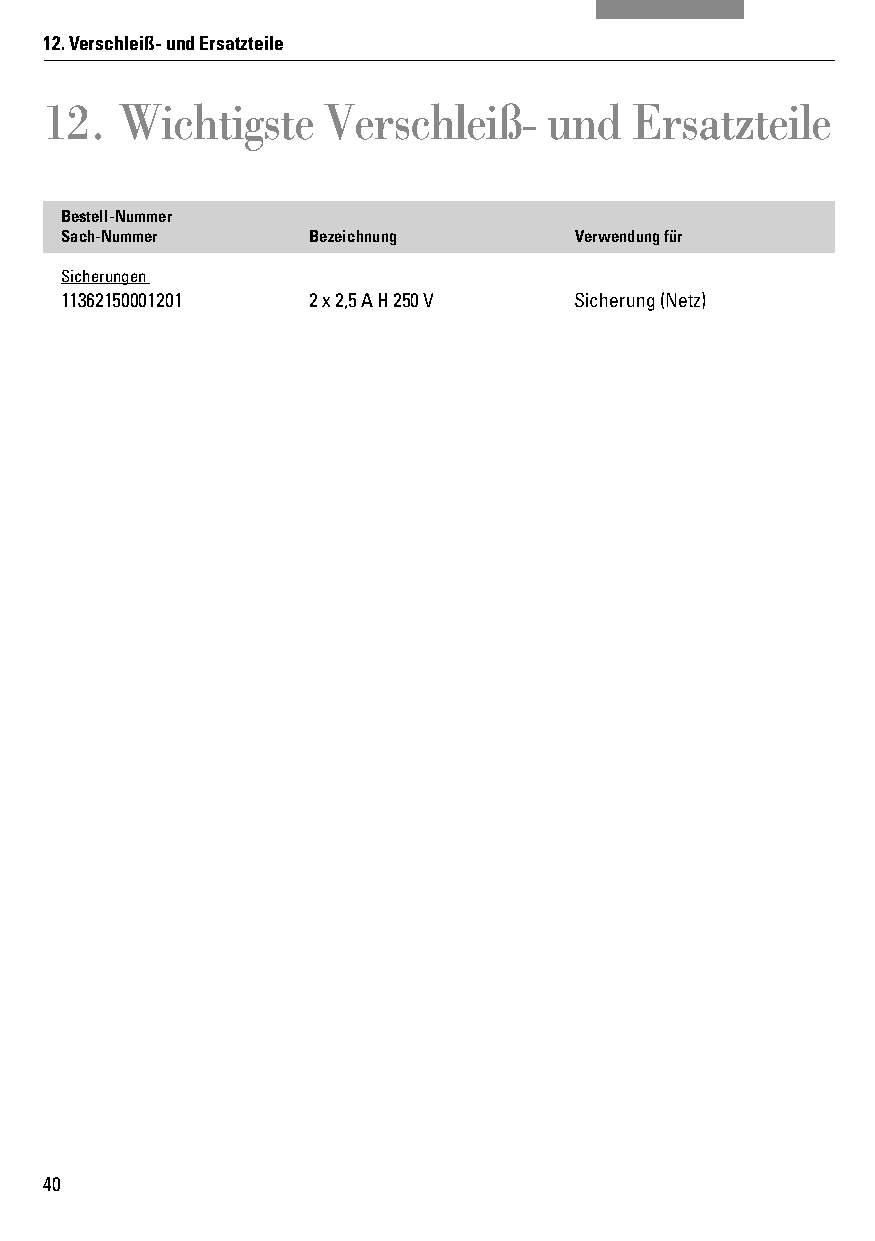
12. Verschleiß- und Ersatzteile
 12.  Wichtigste   Verschleiß-    und   Ersatzteile
 Bestell-Nummer
 Sach-Nummer     Bezeichnung       Verwendung für
 Sicherungen
 11362150001201  2 x 2,5 A H 250 V Sicherung (Netz)
 40